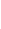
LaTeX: F\! \! \! \! \! \! \! \! \! \! \! \! ^{\! }\! \! \! \! \! \! \! \! \! \! \! -\! \! \! \! \! \! \! \! \! \! \! \! (\! \! \! \! \! \! \! \! \! \! \! \! \mathbf{x}\! \! \! \! \! \! \! \! \! \! \! \! _{\! }\! \! \! \! \! \! \! \! \! \! \! 0\! \! \! \! \! \! \! \! \! \! \! \! )\! \! \! \! \! \! \! \! \! \! \! \! =\! \! \! \! \! \! \! \! \! \! \! \! 0\! \! \! \! \! \! \! \! \! \! \!